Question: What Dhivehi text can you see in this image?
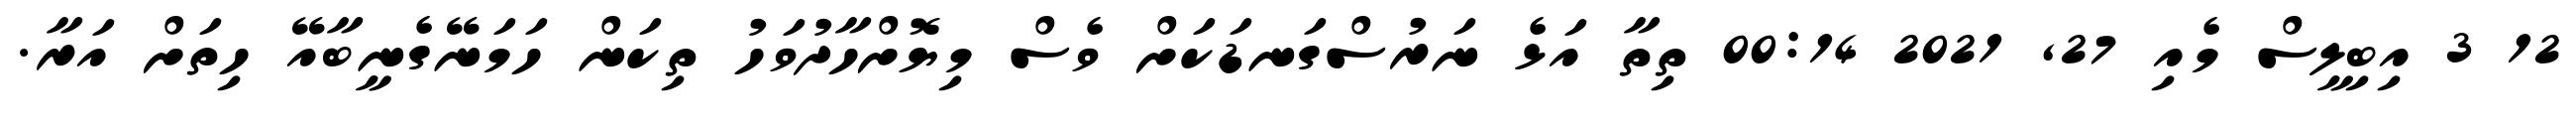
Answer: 12 3 އިބިލީސް މެއި 27, 2021 00:14 ތިތާ އަޅެ ނަރުސްގަނޑަކަށް ވެސް މިޔޮށްހާދުވަހު ތިކަން ހަމަނޭގެނީބާއޭ ހިތަށް އަރާ.